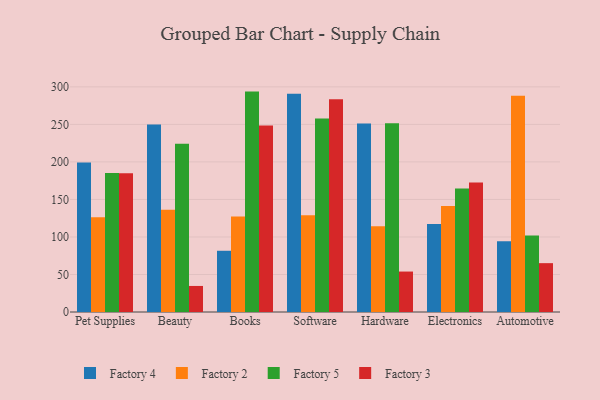
{"axis": {"x": "Category", "y": "Demand Index"}, "legend": ["Factory 2", "Factory 3", "Factory 4", "Factory 5"], "data": [{"x": "Pet Supplies", "y": 199.1, "type": "Factory 4"}, {"x": "Pet Supplies", "y": 126.1, "type": "Factory 2"}, {"x": "Pet Supplies", "y": 185.3, "type": "Factory 5"}, {"x": "Pet Supplies", "y": 184.8, "type": "Factory 3"}, {"x": "Beauty", "y": 249.7, "type": "Factory 4"}, {"x": "Beauty", "y": 136.1, "type": "Factory 2"}, {"x": "Beauty", "y": 224.2, "type": "Factory 5"}, {"x": "Beauty", "y": 34.7, "type": "Factory 3"}, {"x": "Books", "y": 81.6, "type": "Factory 4"}, {"x": "Books", "y": 127.1, "type": "Factory 2"}, {"x": "Books", "y": 293.7, "type": "Factory 5"}, {"x": "Books", "y": 248.5, "type": "Factory 3"}, {"x": "Software", "y": 290.8, "type": "Factory 4"}, {"x": "Software", "y": 128.9, "type": "Factory 2"}, {"x": "Software", "y": 258.0, "type": "Factory 5"}, {"x": "Software", "y": 283.4, "type": "Factory 3"}, {"x": "Hardware", "y": 251.3, "type": "Factory 4"}, {"x": "Hardware", "y": 114.3, "type": "Factory 2"}, {"x": "Hardware", "y": 251.6, "type": "Factory 5"}, {"x": "Hardware", "y": 53.9, "type": "Factory 3"}, {"x": "Electronics", "y": 117.4, "type": "Factory 4"}, {"x": "Electronics", "y": 141.2, "type": "Factory 2"}, {"x": "Electronics", "y": 164.7, "type": "Factory 5"}, {"x": "Electronics", "y": 172.5, "type": "Factory 3"}, {"x": "Automotive", "y": 94.2, "type": "Factory 4"}, {"x": "Automotive", "y": 288.3, "type": "Factory 2"}, {"x": "Automotive", "y": 101.9, "type": "Factory 5"}, {"x": "Automotive", "y": 65.1, "type": "Factory 3"}]}